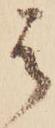
は